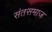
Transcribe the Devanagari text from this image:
संतसमाज